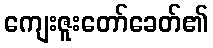
ကျေးဇူးတော်ခေတ်၏